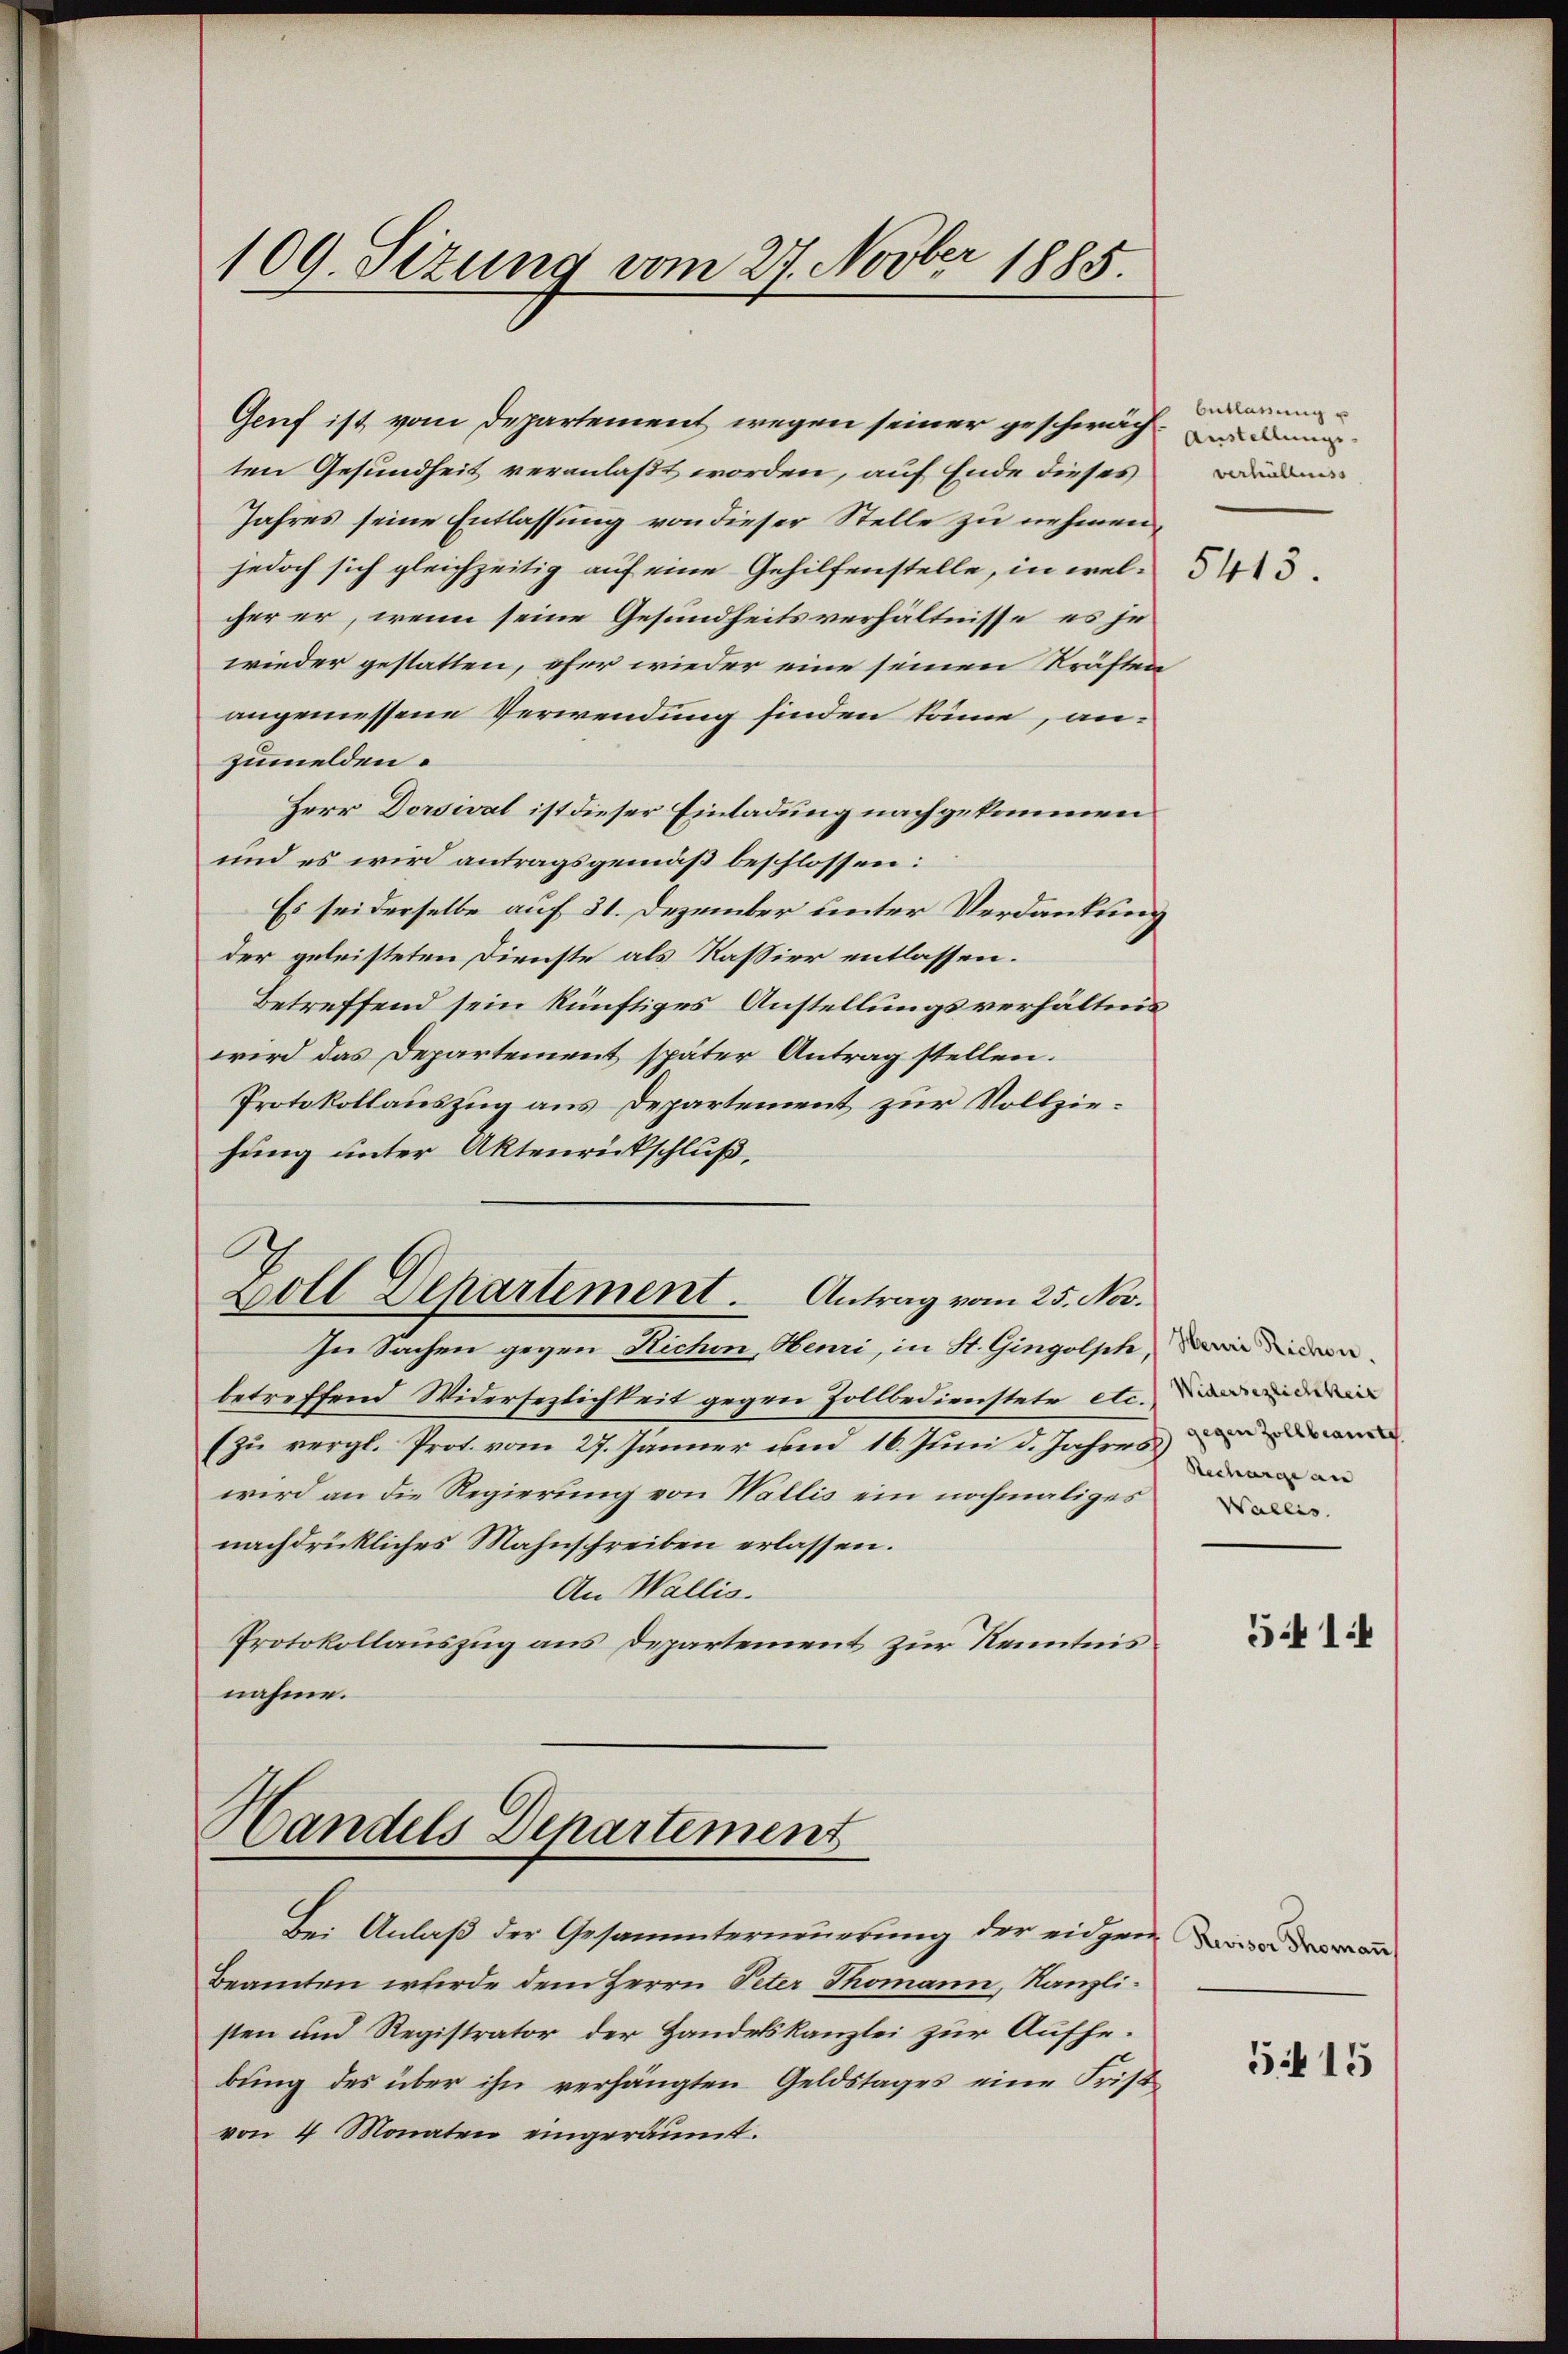
109. Sizung vom 27. Novber 1885.

Genf ist vom Departement wegen seiner geschwächten Gesundheit veranlaßt worden, auf Ende dieses
Jahres seine Entlassung von dieser Stelle zu nehmen,
jedoch sich gleichzeitig auf eine Gehilfenstelle, in welcher er, wenn seine Gesundheitsverhältnisse, es je
wieder gestatten, eher wieder eine seinen Kräften
angemessene Verwendung finden könne, anzumelden.
Herr Dorsival ist dieser Einladung nachgekommen
und es wird antragsgemäß beschlossen:
Es sei derselbe auf 31. Dezember unter Verdankung
der geleisteten Dienste als Kassier entlassen.
Betreffend sein künftiges Anstellungsverhältnis
wird das Departement später Antrag stellen.
Protokollauszug aus Departement zur Vollziehung unter Aktenrückschluß,
Zoll Departement. Antrag vom 25. Nov.
In Sachen gegen Richen, Henri, in St. Gingolph, in
betreffend Widersezlichkeit gegen Zollbedienstete etc.
(zu vergl. Prot. vom 27. Jänner und 16. Juni d. Jahres
wird an die Regierung von Wallis ein nochmaliges
nachdrückliches Mahnschreiben erlassen.
An Wallis.
Protokollauszug aus Departement zur Kenntnis
nahme.

Handels Departement

Bei Anlaß der Gesammterneuerung der eidgen
Beamten wurde dem Herrn Peter Thomann, Kanzlisten und Registrator der Handelskanzlei zur Aufhebung des über ihn verhängten Geldstages eine Fristvon 4 Monaten eingeräumt.

butlärung u
Austellungs-
verhältniss

5413.

Recharge an
Wallis.

541:4

5415